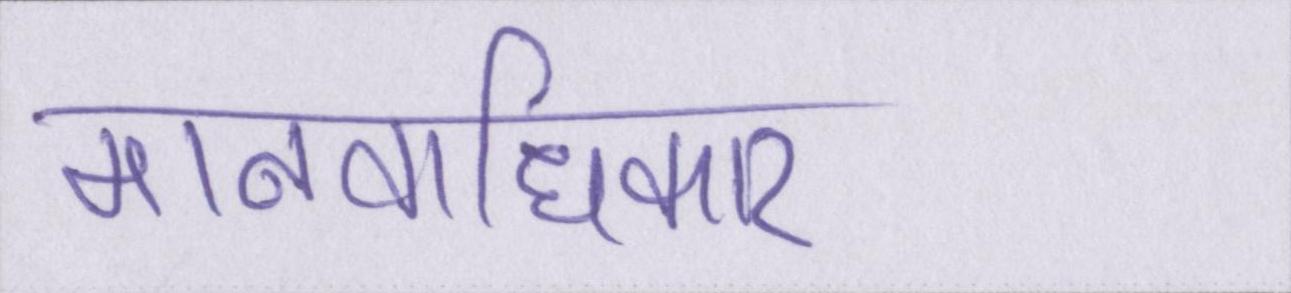
मानवाधिकार